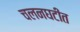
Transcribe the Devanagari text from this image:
चलनघटीत